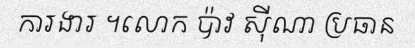
ការងារ ។លោក ប៉ាវ ស៊ីណា ប្រធាន